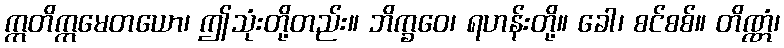
ဣတိဣမေတယော၊ ဤသုံးတို့တည်း။ ဘိက္ခဝေ၊ ရဟန်းတို့။ ခေါ၊ စင်စစ်။ တိဏ္ဏံ၊